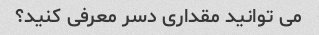
می توانید مقداری دسر معرفی کنید؟